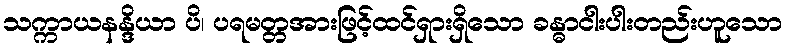
သက္ကာယနန္ဒိယာ ပိ၊ ပရမတ္တအားဖြင့်ထင်ရှားရှိသော ခန္ဓာငါးပါးတည်းဟူသော